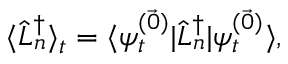
\langle \hat { L } _ { n } ^ { \dagger } \rangle _ { t } = \langle \psi _ { t } ^ { ( \vec { 0 } ) } \vert \hat { L } _ { n } ^ { \dagger } \vert \psi _ { t } ^ { ( \vec { 0 } ) } \rangle ,